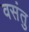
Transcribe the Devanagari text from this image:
वसंतु